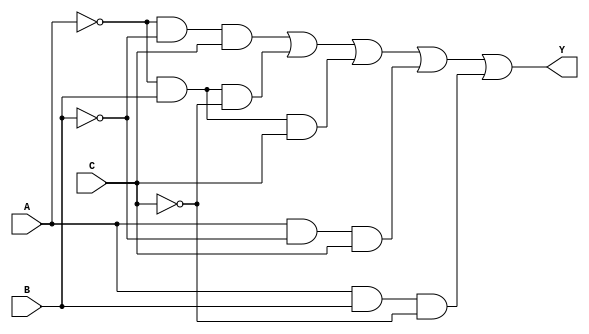
module sop_simplification (
    input wire A,       // Input A
    input wire B,       // Input B
    input wire C,       // Input C
    output wire Y       // Output Y
);

// Define minterms for the output logic
// For example, let's assume we want to simplify the following minterms:
// Minterms: 1 (001), 2 (010), 3 (011), 5 (101), 6 (110) 
// This corresponds to the function: Y = A'B'C + A'BC' + A'BC + AB'C + AB'C'
assign Y = (~A & ~B & C) | (~A & B & ~C) | (~A & B & C) | (A & ~B & C) | (A & B & ~C);

endmodule